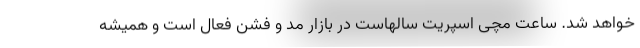
خواهد شد. ساعت مچی اسپریت سالهاست در بازار مد و فشن فعال است و همیشه